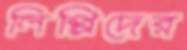
লিপ্পিদের